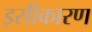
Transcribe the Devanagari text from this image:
इसीकारण